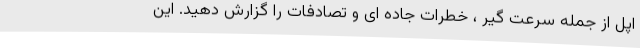
اپل از جمله سرعت گیر ، خطرات جاده ای و تصادفات را گزارش دهید. این